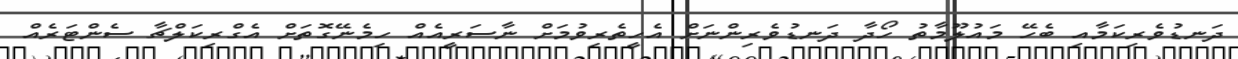
ދަނޑުވެރިކަމާއި ބެހޭ މައުލޫމާތު ހޯދާ ދަނޑުވެރިންނަށް އެހީތެރިވުމަށް ނާސަރީއެއް ހިމެނޭގޮތަށް އެގްރިކަލްޗާ ސެންޓަރެއް